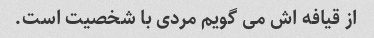
از قیافه اش می گویم مردی با شخصیت است.